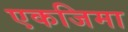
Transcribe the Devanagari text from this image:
एकजिमा